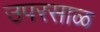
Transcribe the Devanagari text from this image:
उपरसाळ